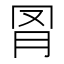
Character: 𦊌